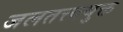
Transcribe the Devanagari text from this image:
जलतत्त्वयुक्त